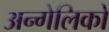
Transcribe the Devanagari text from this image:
अन्गेलिको